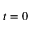
t = 0